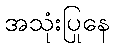
အသုံးပြုနေ